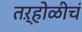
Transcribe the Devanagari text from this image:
तऱ्होळीचं